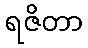
ရဇိတာ